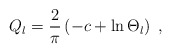
\begin{align*}Q_{l}=\frac{2}{\pi} \left( -c + \ln \Theta_{l} \right)\; ,\end{align*}